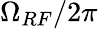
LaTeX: \Omega_{RF}/2\pi